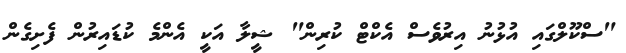
"ސްކޫލްގައި އުޅުނު އިރުވެސް އެކްޓް ކުރިން" ޝީލާ އަކީ އެންމެ ކުޑައިރުން ފެށިގެން